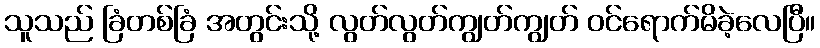
သူသည် ခြံတစ်ခြံ အတွင်းသို့ လွတ်လွတ်ကျွတ်ကျွတ် ဝင်ရောက်မိခဲ့လေပြီ။